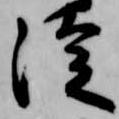
徒